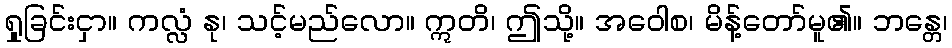
ရှုခြင်းငှာ။ ကလ္လံ နု၊ သင့်မည်လော။ ဣတိ၊ ဤသို့။ အဝေါစ၊ မိန့်တော်မူ၏။ ဘန္တေ၊